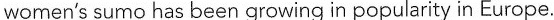
women's sumo has been growing in popularity in Europe.